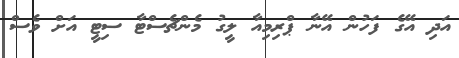
އަދި އޭގެ ފަހުން އޭނާ ޕްރިމިއާ ލީގު މެންޗެސްޓާ ސިޓީ އަށް ވެސް